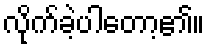
လိုက်ခဲ့ပါတော့၏။